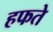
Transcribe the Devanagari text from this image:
हफते